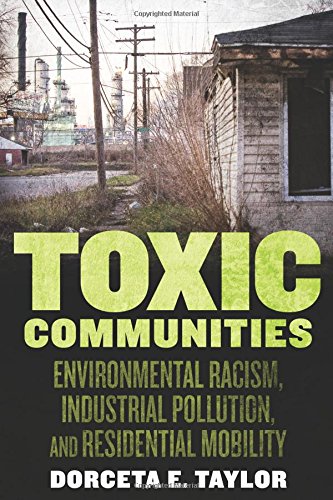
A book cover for Toxic Communities: Environmental Racism, Industrial Pollution, and Residential Mobility; Dorceta Taylor; Law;